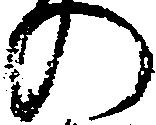
の